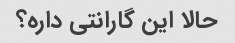
حالا این گارانتی داره؟